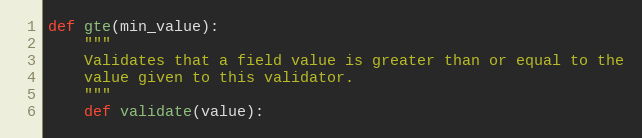
Language: Python
def gte(min_value):
    """
    Validates that a field value is greater than or equal to the
    value given to this validator.
    """
    def validate(value):